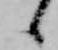
候